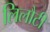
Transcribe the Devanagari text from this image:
लिलौटी